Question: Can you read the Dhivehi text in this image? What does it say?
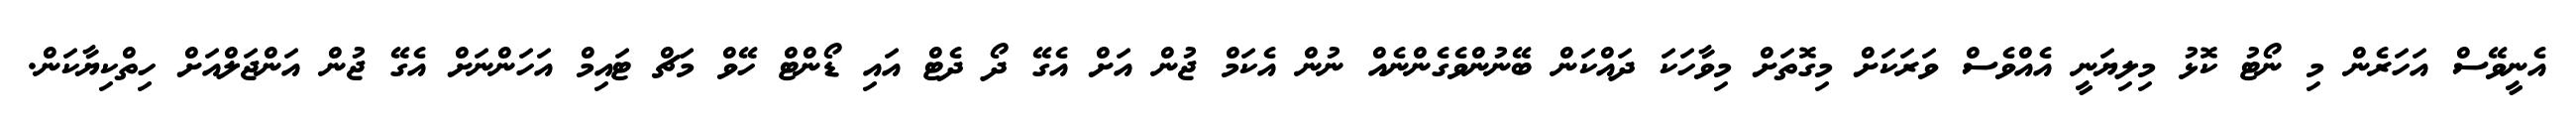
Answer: އެނީވޭސް އަހަރެން މި ނޯޓު ކޮޅު މިލިޔަނީ އެއްވެސް ވަރަކަށް މިގޮތަށް މިވާހަކަ ދައްކަން ބޭނުންވެގެންނެއް ނުން އެކަމް ޖުން އަށް އެގޭ ދޯ ދެޓް އައި ޑޯންޓް ހޭވް މަޗް ޓައިމް އަހަންނަށް އެގޭ ޖުން އަންޖަލްއަށް ހިތްކިޔާކަން.